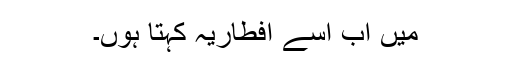
میں اب اسے افطاریہ کہتا ہوں۔